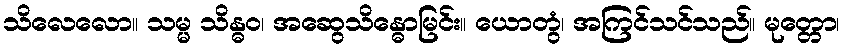
သိလေလော။ သမ္မ သိန္ဓဝ၊ အဆွေသိန္ဓောမြင်း။ ယောတွံ၊ အကြင်သင်သည်။ မုတ္တော၊